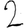
Digit: 2